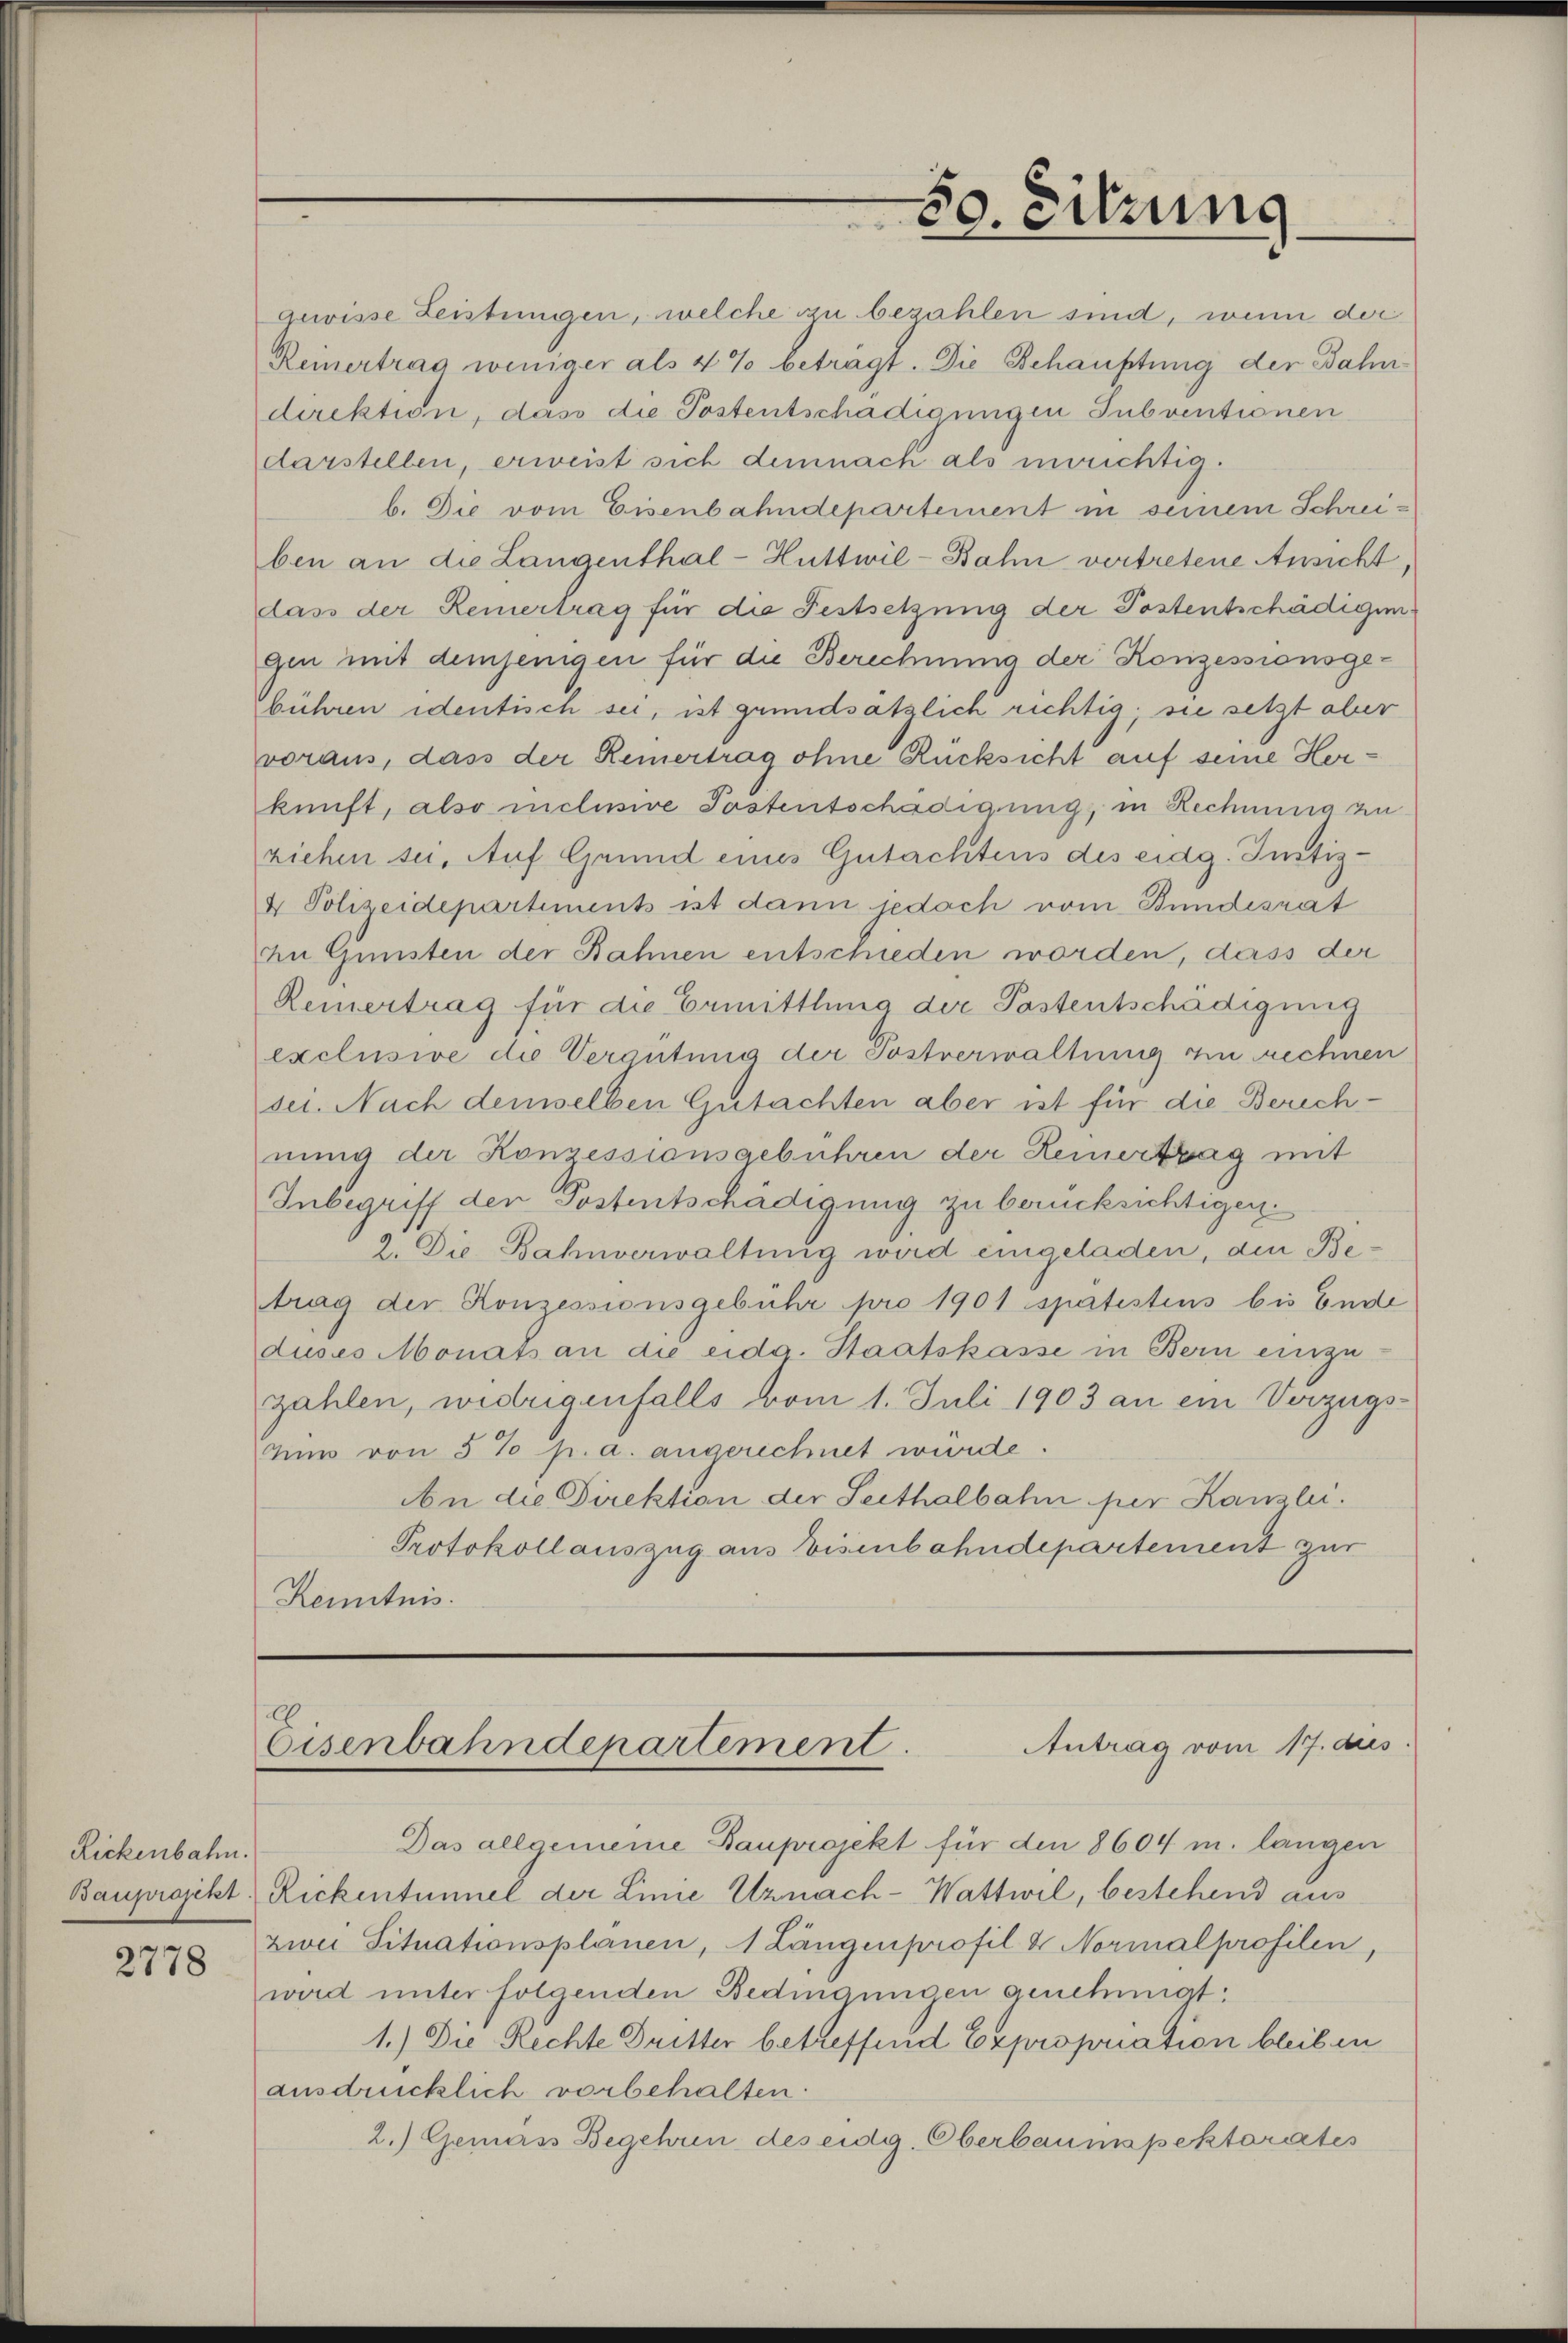
Rickenbahn.

2778

gewisse Leistungen, welche zu bezahlen sind, wenn der
Reinertrag weniger als 4% beträgt. Die Schauptung der Bahndirektion, dass die Postentschadigungen Subventionen
darstellen, erweist sich demnach als unrichtigb. Die vom Eisenbahndepartement in seinem Schreiben an die Langenthal-Huttwil-Bahn vertretene Ansicht,
dass der Remertrag für die Festsetzung der Postentschädigungen mit demjenigen für die Berechnung der Konzessionsgebühren identisch sei, ist grundsätzlich richtig; sie setzt aber
voraus, dass der Remertrag ohne Rücksicht auf seine Herkunft, also inclusive Postentschädigung, in Rechnung zu
ziehen sei, Auf Grund eines Gutachtens des eidg. Justiz¬
4 Polizeidepartements ist dann jedoch vom Bundesrat
zu Gunsten der Bahnen entschieden worden, dass der
Reinertrag für die Ermittlung der Pastentschädigung
exclusive die Verantung der Postverwaltung zu rechnen
sei. Nach demselben Gutachten aber ist für die Berechnung der Konzessionsgebühren der Hemertrag mit
Inbegriff der Postentschädigung zu berücksichtigen.
2. Die Bahnverwaltung wird eingeladen, den Betrag der Konzessionsgebühr pro 1901 spatistins bis Ende
duses Monats an die eidg. Staatskasse in Bern einzuzahlen, widrigenfalls vom 1. Juli 1903 an ein Verzugs¬
Nun von 5% p. a. angerechnet wurde.
An die Direktion der Seithalbahn per Kanzlei.
Protokoll auszug aus Eisenbahndepartement zur
Kenntnis.

Das allgemeine Bauprojekt für den 8604 m. langen
Bauprojekt Rickentümmel der Linie Uznach-Wattwil, bestehend aus
zwei Situationsplanen, 1 Längenprofil & Normalprofilen,
wird unter folgenden Bedingungen genemmat:
1.) Die Rechte Dritter betreffend Expropriation bleiben
ausdrücklich vorbehalten.
2.) Gemäss Begehren des eidg. Oberbaumspektorates

50. Sitzung

Antrag vom 17. dies
Eisenbahndepartement.